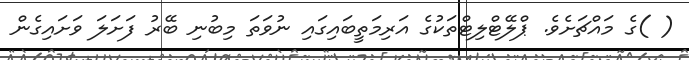
( )ގެ މައްޗަށެވެ. ޕްލޭޓްލިޓްތަކުގެ އަރިމަތީބައިގައި ނުވަތަ މިބުނި ބޭރު ފަށަލަ ވަށައިގެން